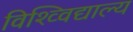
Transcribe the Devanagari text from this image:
विश्व्विद्याल्य